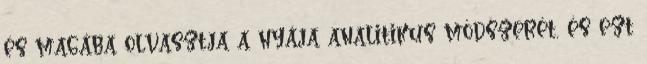
és magába olvasztja a nyája analitikus módszerét, és ezt